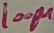
Text: 100µ